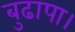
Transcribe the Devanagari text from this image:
बुढापा।